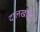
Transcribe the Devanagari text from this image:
दालखोला